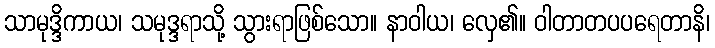
သာမုဒ္ဒိကာယ၊ သမုဒ္ဒရာသို့ သွားရာဖြစ်သော။ နာဝါယ၊ လှေ၏။ ဝါတာတပပရေတာနိ၊